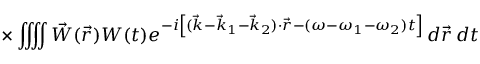
\times \iiiint \vec { W } ( \vec { r } ) W ( t ) e ^ { - i \left[ ( \vec { k } - \vec { k } _ { 1 } - \vec { k } _ { 2 } ) \cdot \vec { r } - ( \omega - \omega _ { 1 } - \omega _ { 2 } ) t \right] } \, d \vec { r } \, d t